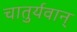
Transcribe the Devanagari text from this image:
चातुर्यवान्